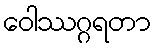
ဝေါဿဂ္ဂရတာ